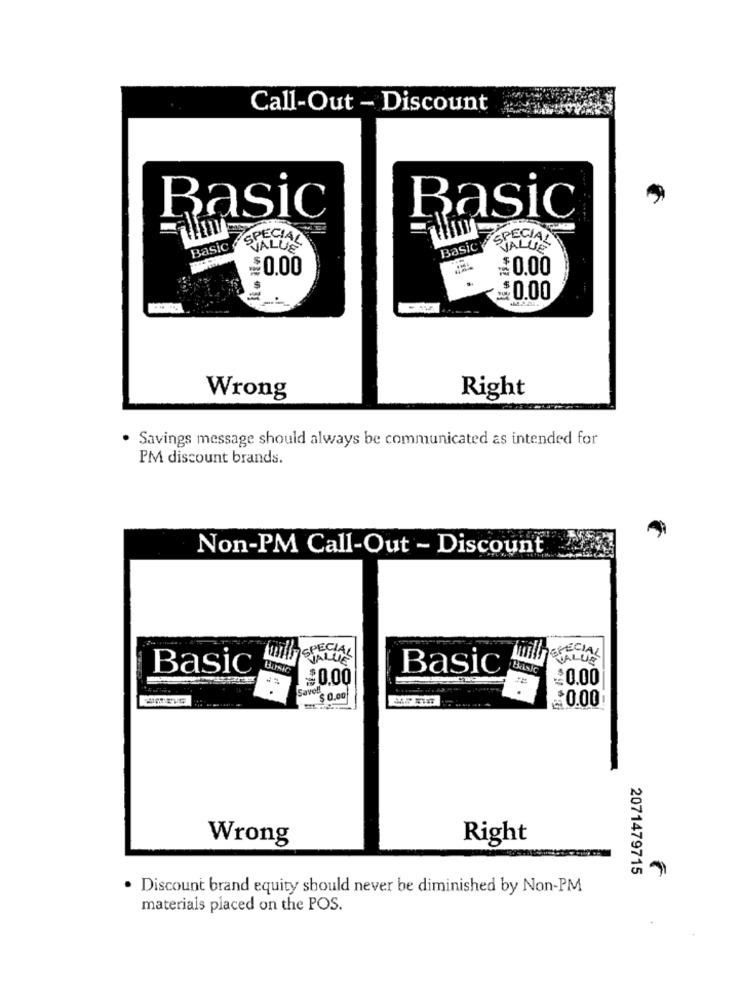
Call-Out - Discount
Basic
Basic
SPECIAL
SPECIAL
Basic
SVALUE
Basic
VALLE
$0.00
0.00
$0.00
Wrong
Right
· Savings message should always be communicated as intended for
PM discount brands.
Non-PM Call-Out - Discount
will Sparks
VALUE
Basic
Basic
$0.00
$0.00
SaveBl
$ 0.00
$0.00
Wrong
Right
2071479715
. Discount brand equity should never be diminished by Non-PM
materials placed on the POS.